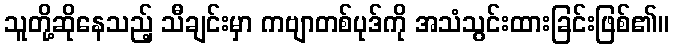
သူတို့ဆိုနေသည့် သီချင်းမှာ ကဗျာတစ်ပုဒ်ကို အသံသွင်းထားခြင်းဖြစ်၏။